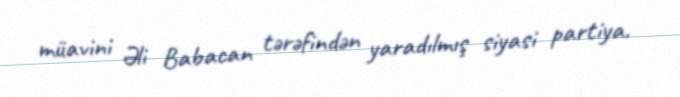
müavini Əli Babacan tərəfindən yaradılmış siyasi partiya.